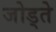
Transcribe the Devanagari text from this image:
जोड्ते